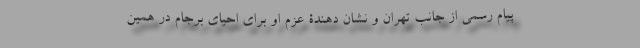
پیام رسمی از جانب تهران و نشان دهندۀ عزم او برای احیای برجام در همین